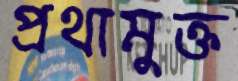
প্রথামুক্ত